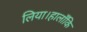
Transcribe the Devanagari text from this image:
लिया।हालाँकि